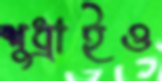
শুধ্‌রাইও